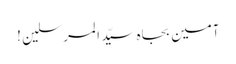
آمین بجاہ سیّد المرسلین !